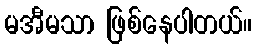
မအီမသာ ဖြစ်နေပါတယ်။